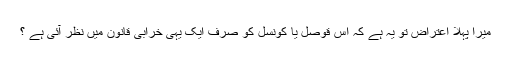
میرا پہلا اعتراض تو یہ ہے کہ اس قوصل یا کونسل کو صرف ایک یہی خرابی قانون میں نظر آئی ہے ؟